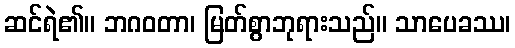
ဆင်ရဲ၏။ ဘဂဝတာ၊ မြတ်စွာဘုရားသည်။ သာပေခဿ၊